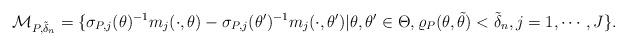
LaTeX: \begin{align*}\mathcal M_{P,\tilde \delta_n}=\{\sigma_{P,j}(\theta)^{-1}m_j(\cdot,\theta)-\sigma_{P,j}(\theta')^{-1}m_j(\cdot,\theta')| \theta,\theta'\in\Theta,\varrho_P(\theta,\tilde\theta)<\tilde\delta_n,j=1,\cdots,J\}.\end{align*}